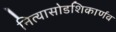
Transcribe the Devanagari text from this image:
नित्यासोडशिकार्णव